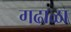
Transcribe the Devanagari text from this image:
गढाळा